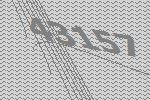
43157